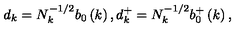
d _ { k } = N _ { k } ^ { - 1 / 2 } b _ { 0 } \left( k \right) , d _ { k } ^ { + } = N _ { k } ^ { - 1 / 2 } b _ { 0 } ^ { + } \left( k \right) ,